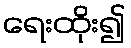
ရေးထိုး၍